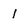
Character: 1